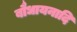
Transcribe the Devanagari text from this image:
बौधायनादि